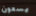
يسعون